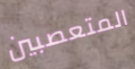
المتعصبين